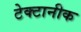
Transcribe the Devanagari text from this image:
टेक्टानीक